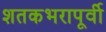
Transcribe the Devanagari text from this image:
शतकभरापूर्वी